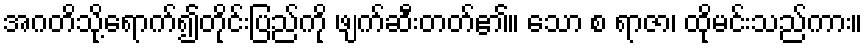
အဂတိသို့ရောက်၍တိုင်းပြည်ကို ဖျက်ဆီးတတ်၏။ သော စ ရာဇာ၊ ထိုမင်းသည်ကား။